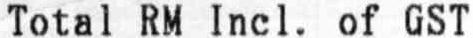
TOTAL RM INCL. OF GST